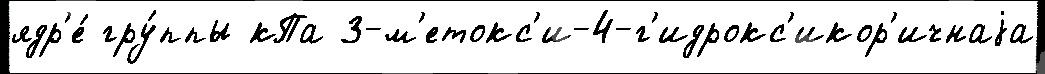
ядр'е́ гру́ппы кПа 3-м'етокс'и-4-г'идрокс'икор'ичнаjа